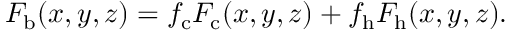
F _ { \mathrm { b } } ( x , y , z ) = f _ { \mathrm { c } } F _ { \mathrm { c } } ( x , y , z ) + f _ { \mathrm { h } } F _ { \mathrm { h } } ( x , y , z ) .